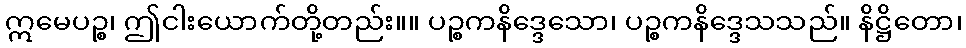
ဣမေပဉ္စ၊ ဤငါးယောက်တို့တည်း။။ ပဉ္စကနိဒ္ဒေသော၊ ပဉ္စကနိဒ္ဒေသသည်။ နိဋ္ဌိတော၊